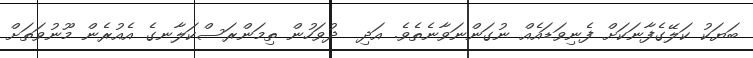
ބަޔަކު ކަލޭގެފާނަކަށް ފެނިވަޑައެއް ނުގަންނަވާނެތެވެ. އަދި  ދުވަހުން ތިމަންރަސްކަލާނގެ އެއުރެން މޫނުވަތަށް